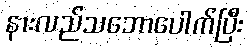
နားလည်သဘောပေါက်ပြီး